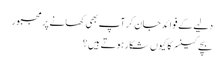
دلیے کے فوائد جان کر آپ بھی کھانے پر مجبور
بچے کینسر کا کیوں شکار ہوتے ہیں؟